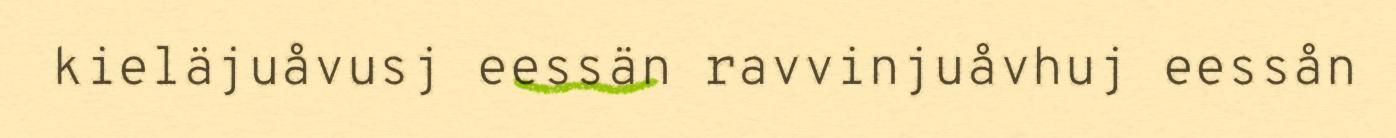
kieläjuåvusj eessän ravvinjuåvhuj eessån